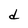
Character: d